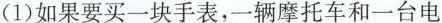
(1)如果要买一块手表，一辆摩托车和一台电